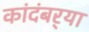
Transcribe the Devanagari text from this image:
कांदंबर्‍या